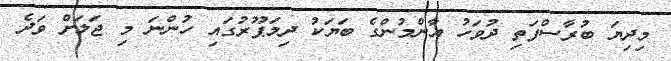
މިދިޔަ ބުރާސްފަތި ދުވަހު އާންމުންގެ ބަޔަކު ދިމަޕޫރުގައި ހުންނަ މި ޖަލަށް ވަދެ